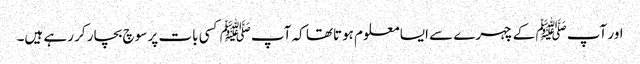
اور آپﷺ کے چہرے سے ایسا معلوم ہوتاتھا کہ آپﷺ کسی بات پر سوچ بچار کر رہے ہیں۔